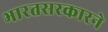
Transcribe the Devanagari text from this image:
भारतसरकारने